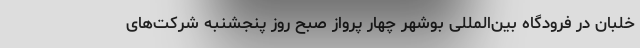
خلبان در فرودگاه بین‌المللی بوشهر چهار پرواز صبح روز پنجشنبه شرکت‌های